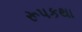
રૂપકથા